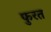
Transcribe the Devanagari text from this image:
फुरत